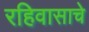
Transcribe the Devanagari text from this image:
रहिवासाचे